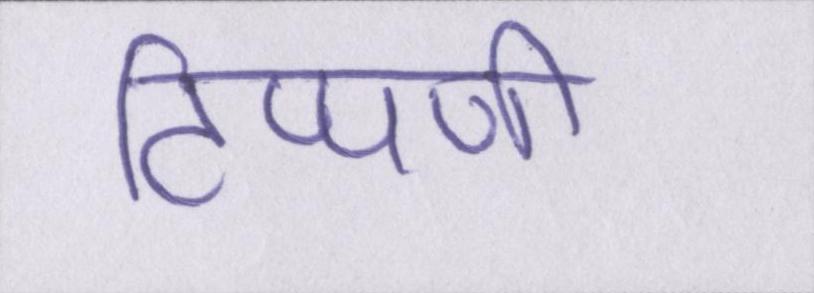
टिप्पणी